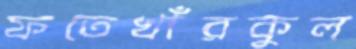
ফতেখাঁরকুল